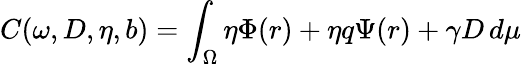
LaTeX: C(\omega,D,\eta,b)=\int_{\Omega}\eta\Phi(r)+\eta q\Psi(r)+\gamma D\, d\mu\,